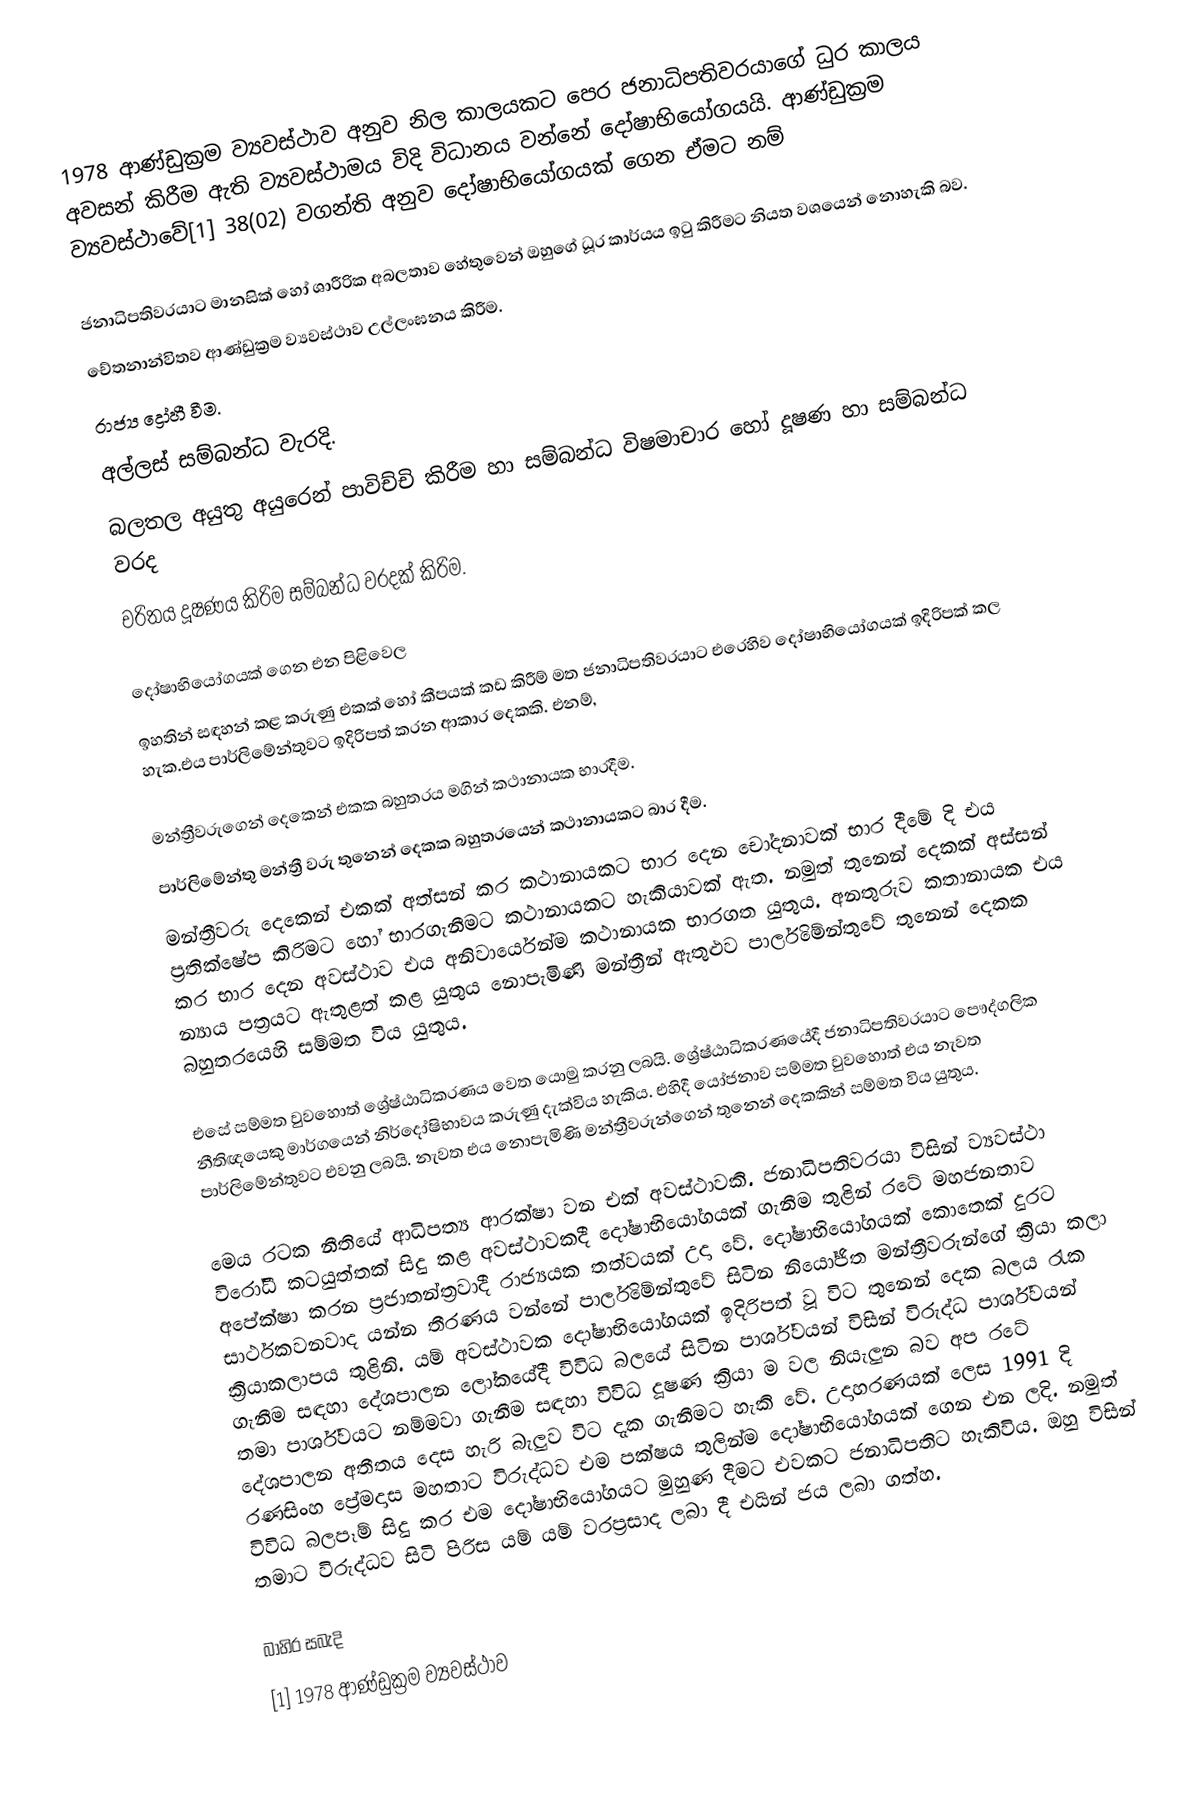
1978 ආණ්ඩුක්‍රම ව්‍යවස්ථාව අනුව නිල කාලයකට පෙර ජනාධිපතිවරයාගේ ධුර කාලය අවසන් කිරීම ඇති ව්‍යවස්ථාමය විදි විධානය වන්නේ දෝෂාභියෝගයයි. ආණ්ඩුක්‍ර‍ම ව්‍යවස්ථාවේ[1] 38(02) වගන්ති අනුව දෝෂාභියෝගයක් ගෙන ඒමට නම්

 ජනාධිපතිවරයාට මානසික් හෝ ශාරීරික අබලතාව හේතුවෙන් ඔහුගේ ධූර කාර්යය ඉටු  කිරීමට නියත වශයෙන් නොහැකි බව.
 චේතනාන්විතව ආණ්ඩුක්‍රම ව්‍යවස්ථාව උල්ලංඝනය කිරීම.
 රාජ්‍ය ද්‍රෝහී වීම.
 අල්ලස් සම්බන්ධ වැරදි.
 බලතල අයුතු අයුරෙන් පාවිච්චි කිරීම හා සම්බන්ධ විෂමාචාර හෝ දූෂණ හා සම්බන්ධ වරද
 චරිතය දූෂණය කිරිම සම්බන්ධ වරදක් කිරිම.

දෝෂාභියෝගයක් ගෙන එන පිළිවෙල
ඉහතින් සඳහන් කළ කරුණු එකක් හෝ කීපයක් කඩ කිරීම් මත ජනාධිපතිවරයාට එරෙහිව දෝෂාභියෝගයක් ඉදිරිපක් කල හැක.එය පාර්ලිමේන්තුවට ඉදිරිපත් කරන ආකාර දෙකකි. එනම්,

 මන්ත්‍රීවරුගෙන් දෙකෙන් එකක බහුතරය මගින් කථානායක භාරදීම.
 පාර්ලිමේන්තු මන්ත්‍රී වරු තුනෙන් දෙකක බහුතරයෙන් කථානායකට බාර දීම.
මන්ත්‍රීවරු දෙකෙන් එකක් අත්සන් කර කථානායකට භාර දෙන චෝදනාවක් භාර දීමේ දි එය ප්‍ර‍තික්ෂේප කිරිමට හෝ භාරගැනීමට කථානායකට හැකියාවක් ඇත. නමුත් තුනෙන් දෙකක් අස්සන් කර භාර දෙන අවස්ථාව එය අනිවාර්යෙන්ම කථානායක භාරගත යුතුය. අනතුරුව කතානායක එය න්‍යාය පත්‍රයට ඇතුළත් කළ යුතුය නොපැමිණි මන්ත්‍රීන් ඇතුළුව පාර්ලිමේන්තුවේ තුනෙන් දෙකක බහුතරයෙහි සම්මත විය යුතුය.

එසේ සම්මත වුවහොත් ශ්‍රේෂ්ඨාධිකරණය වෙත යොමු කරනු ලබයි. ශ්‍රේෂ්ඨාධිකරණයේදී ජනාධිපතිවරයාට පෞද්ගලික නීතිඥයෙකු මාර්ගයෙන් නිර්දෝෂිභාවය කරුණු දැක්විය හැකිය. එහිදී යෝජනාව සම්මත වුවහොත් එය නැවත පාර්ලිමේන්තුවට එවනු ලබයි. නැවත එය නොපැමිණි මන්ත්‍රීවරුන්ගෙන් තුනෙන් දෙකකින් සම්මත විය යුතුය.

මෙය රටක නීතියේ ආධිපත්‍ය ආරක්ෂා වන එක් අවස්ථාවකි. ජනාධිපතිවරයා විසින් ව්‍යවස්ථා විරෝධී කටයුත්තක් සිදු කළ අවස්ථාවකදී දෝෂාභියෝගයක් ගැනීම තුළින් රටේ මහජනතාව අපේක්ෂා කරන ප්‍රජාතන්ත්‍රවාදී රාජ්‍යයක තත්වයක් උදා වේ. දෝෂාභියෝගයක් කොතෙක් දුරට සාර්ථකවනවාද යන්න තීරණය වන්නේ පාර්ලිමේන්තුවේ සිටින නියෝජිත මන්ත්‍රීවරුන්ගේ ක්‍රියා කලා ක්‍රියාකලාපය තුළිනි. යම් අවස්ථාවක දෝෂාභියෝගයක් ඉදිරිපත් වූ විට තුනෙන් දෙක බලය රැක ගැනීම සඳහා දේශපාලන ලෝකයේදී විවිධ බලයේ සිටින පාර්ශ්වයන් විසින් විරුද්ධ පාර්ශ්වයන් තමා පාර්ශ්වයට නම්මවා ගැනීම සඳහා විවිධ දූෂණ ක්‍රියා ම වල නියැලුන බව අප රටේ දේශපාලන අතීතය දෙස හැරි බැලුව විට දැක ගැනීමට හැකි වේ. උදාහරණයක් ලෙස 1991 දි රණසිංහ ප්‍රේමදාස මහතාට විරුද්ධව එම පක්ෂය තුලින්ම දෝෂාභියෝගයක් ගෙන එන ලදි. නමුත් විවිධ බලපෑම් සිදු කර එම දෝෂාභියෝගයට මුහුණ දීමට එවකට ජනාධිපතිට හැකිවිය. ඔහු විසින් තමාට විරුද්ධව සිටි පිරිස යම් යම් වරප්‍රසාද ලබා දී එයින් ජය ලබා ගත්හ.

බාහිර සබැදි
[1] 1978 ආණ්ඩුක්‍රම ව්‍යවස්ථාව